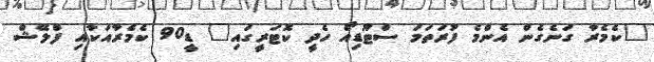
"ކެމެރާ ގަނެގެން އެންމެ ފުރަތަމަ ސްޓޫޑިއޯ ހެދީ ކޮޓަރީގައި" ޑީ90 ކެމެރާއަކާއި ފްލޭޝް